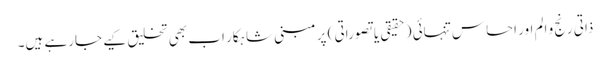
ذاتی رنج و الم اور احساس تنہائی (حقیقی یا تصوراتی ) پر مبنی شاہکار اب بھی تخلیق کیے جارہے ہیں۔